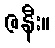
ဇနီး။